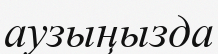
аузыңызда